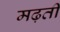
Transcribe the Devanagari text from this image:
मढ़ती